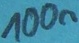
Text: 100n